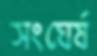
সংঘের্ষ